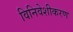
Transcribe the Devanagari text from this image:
विनिवेशीकरण